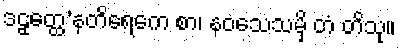
ဒဠှတ္ထေ’နတိရေကေ စာ၊ နဝသေသမှိ တံ တိသု။